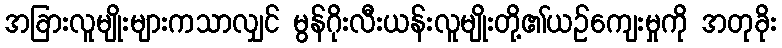
အခြားလူမျိုးများကသာလျှင် မွန်ဂိုးလီးယန်းလူမျိုးတို့၏ယဉ်ကျေးမှုကို အတုခိုး